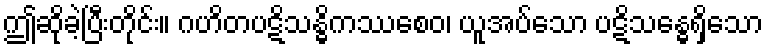
ဤဆိုခဲ့ပြီးတိုင်း။ ဂဟိတပဋိသန္ဓိကဿစေဝ၊ ယူအပ်သော ပဋိသန္ဓေရှိသော